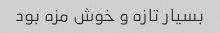
بسیار تازه و خوش مزه بود